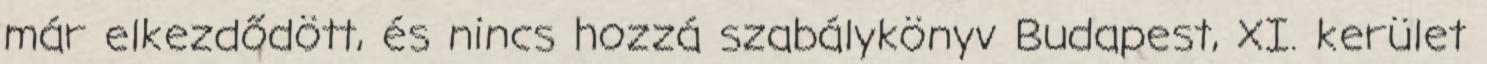
már elkezdődött, és nincs hozzá szabálykönyv Budapest, XI. kerület